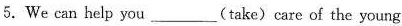
5.We can help you___(take)care of the young